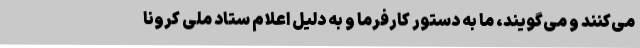
می‌کنند و می‌گویند، ما به دستور کارفرما و به دلیل اعلام ستاد ملی کرونا